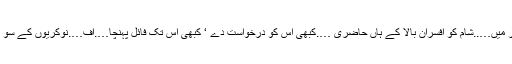
صبح دفتر میں…..شام کو افسران بالا کے ہاں حاضری ….کبھی اس کو درخواست دے ‘ کبھی اس تک فائل پہنچا….اف….نوکریوں کے سو بکھیڑے۔